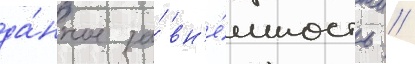
да́нное за́ вн'е́шность //